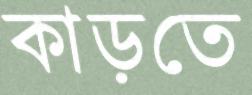
কাড়তে